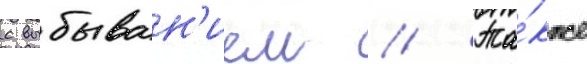
с выбыван'ием // Та́кже